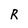
Character: R